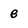
Character: B